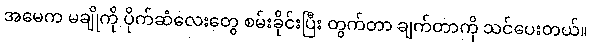
အမေက မချိုကို ပိုက်ဆံလေးတွေ စမ်းခိုင်းပြီး တွက်တာ ချက်တာကို သင်ပေးတယ်။